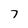
Character: 7